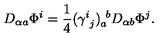
D _ { \alpha a } \Phi ^ { i } = { \frac { 1 } { 4 } } ( \gamma _ { \ j } ^ { i } ) _ { a } ^ { \ b } D _ { \alpha b } \Phi ^ { j } .